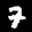
Label: 7